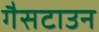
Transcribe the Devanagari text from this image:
गैसटाउन